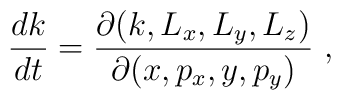
{dk\over dt}= {\partial (k,L_x,L_y,L_z ) \over \partial (x,p_x,y,p_y)   } ~,